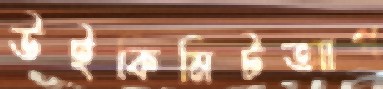
উইকিমিটআপ